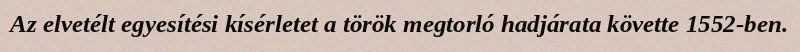
Az elvetélt egyesítési kísérletet a török megtorló hadjárata követte 1552-ben.